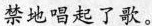
禁地唱起了歌。